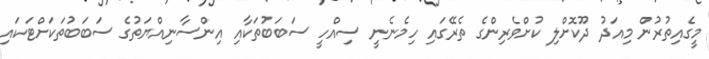
މީގެއިތުރުން މިއަދު ދޫކޮށްލި ކުށްވެރިންގެ ތެރޭގައި ހިމެނެނީ ސިއްހީ ސަބަބުތަކާއި އިންސާނިއްޔަތުގެ ސަބަބުތަކަށްޓަކައި